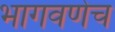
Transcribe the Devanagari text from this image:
भागवणेच